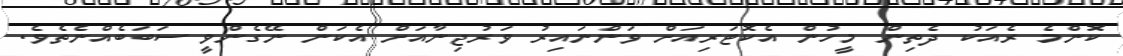
ކޮންމެ ރެއަކު ދެތިން މީހުން އެކޮޓަރިއަށް ވަންނައިރު ވަރުޖިނާއަށް އެކަން ނޭގެންވީ ސަބަބެއްނެތެވެ.